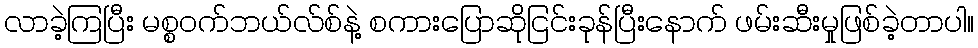
လာခဲ့ကြပြီး မစ္စဝက်ဘယ်လ်စ်နဲ့ စကားပြောဆိုငြင်းခုန်ပြီးနောက် ဖမ်းဆီးမှုဖြစ်ခဲ့တာပါ။